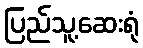
ပြည်သူ့ဆေးရုံ